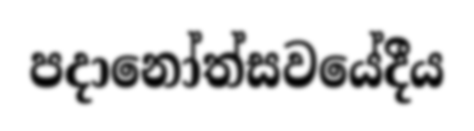
පදානෝත්සවයේදීය